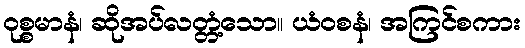
ဝုစ္စမာနံ၊ ဆိုအပ်လတ္တံ့သော။ ယံဝစနံ၊ အကြင်စကား